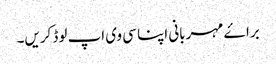
براۓ مہربانی اپنا سی وی اپ لوڈ کریں۔